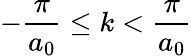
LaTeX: \displaystyle-\frac{\pi}{a_{0}}\leq k<\frac{\pi}{a_{0}}